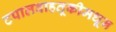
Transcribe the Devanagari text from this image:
टपालवाहतूकीमधून